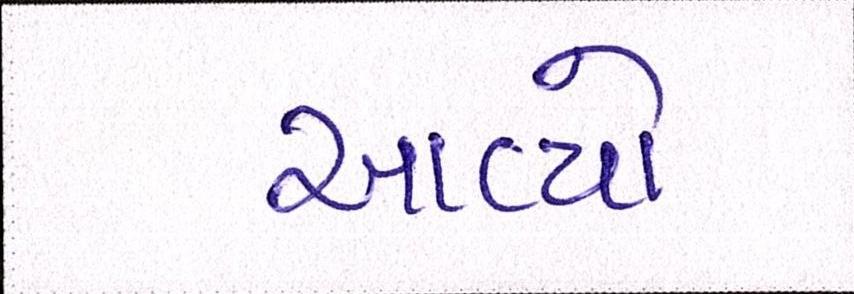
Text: આવ્યો